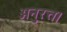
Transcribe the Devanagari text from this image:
अनुरत्त।